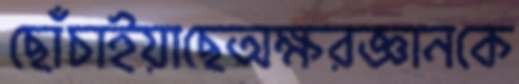
ছোঁচাইয়াছেঅক্ষরজ্ঞানকে